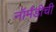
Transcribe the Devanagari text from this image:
नॉर्मंडीची